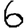
Digit: 6